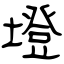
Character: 墱